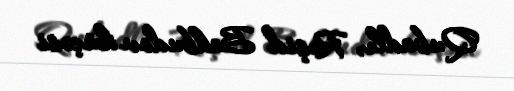
Qubadlı, Rəşid Behbudov küçəsi